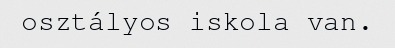
osztályos iskola van.